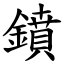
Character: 鐼